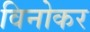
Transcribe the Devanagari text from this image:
विनोकर